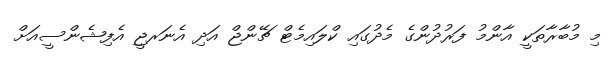
މި މުބާރާތަކީ އާންމު ފަރުދުންގެ މެދުގައި ކްލައިމެޓް ޗޭންޖް އަދި އެނަރޖީ އެފިޝެންސީއަށް